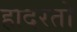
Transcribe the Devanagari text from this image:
हादरतो